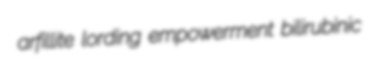
arfillite lording empowerment bilirubinic